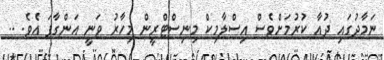
ނަމާދުގައި ދުއާ ކުރުމަށްވެސް އިސްލާމިކް މިނިސްޓްރީން މިހާރު ވަނީ އަންގާފަ އެވެ. ..